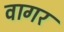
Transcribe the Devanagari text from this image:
वागर